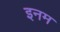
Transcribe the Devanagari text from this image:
इनम